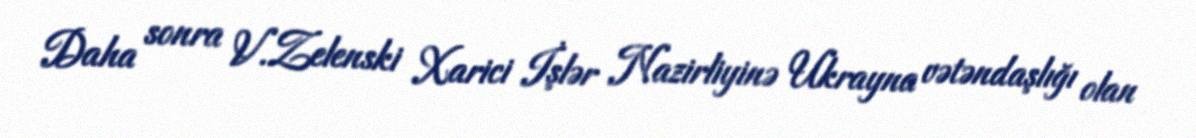
Daha sonra V.Zelenski Xarici İşlər Nazirliyinə Ukrayna vətəndaşlığı olan